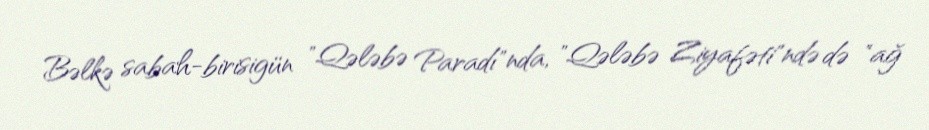
Bəlkə sabah-birisigün "Qələbə Paradı"nda, "Qələbə Ziyafəti"ndə də "ağ